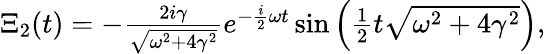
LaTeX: \begin{array}{r}{\Xi_{2}(t)=-\frac{2i\gamma}{\sqrt{\omega^{2}+4\gamma^{2}}}e^{-\frac{i}{2}\omega t}\sin\left(\frac{1}{2}t\sqrt{\omega^{2}+4\gamma^{2}}\right),}\end{array}